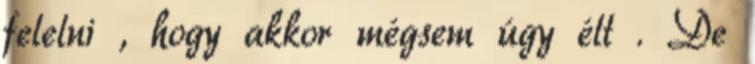
felelni , hogy akkor mégsem úgy élt . De